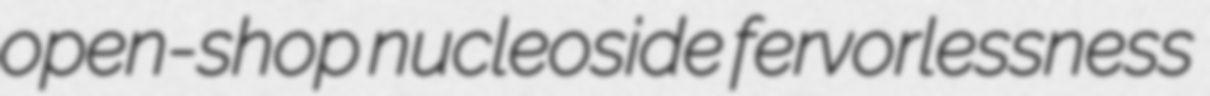
open-shop nucleoside fervorlessness